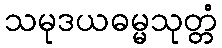
သမုဒယဓမ္မသုတ္တံ